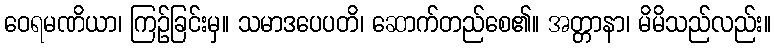
ဝေရမဏိယာ၊ ကြဉ်ခြင်းမှ။ သမာဒပေပတိ၊ ဆောက်တည်စေ၏။ အတ္တာနာ၊ မိမိသည်လည်း။